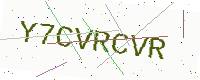
Text: Y7CVRCVR